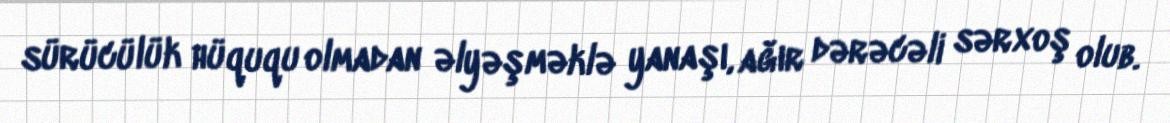
sürücülük hüququ olmadan əlyəşməklə yanaşı, ağır dərəcəli sərxoş olub.